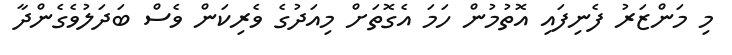
މި މަންޒަރު ފެނިފައި އޮތުމުން ހަމަ އެގޮތަށް މިއަދުގެ ވެރިކަން ވެސް ބަދަލުވެގެންދާ